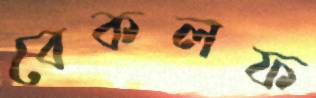
বেকলফ